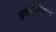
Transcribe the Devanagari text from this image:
हाइपरफोकल